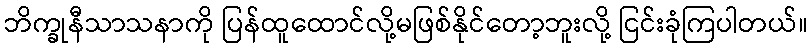
ဘိက္ခုနီသာသနာကို ပြန်ထူထောင်လို့မဖြစ်နိုင်တော့ဘူးလို့ ငြင်းခုံကြပါတယ်။